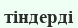
тіндерді